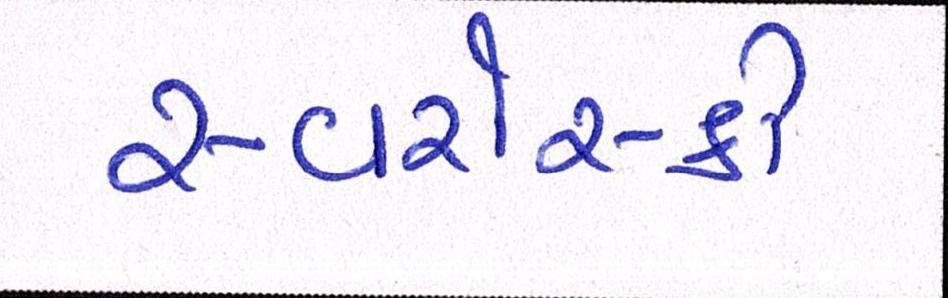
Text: સ્વરોસ્કી